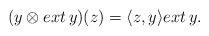
LaTeX: \begin{align*}(y\otimes ext\, y)(z)=\langle z,y\rangle ext\, y.\end{align*}